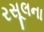
રસૂલના